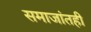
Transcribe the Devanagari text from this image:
समाजांतही